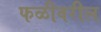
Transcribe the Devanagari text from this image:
फळीवरील